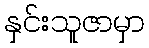
နှင်းသူဇာမှာ